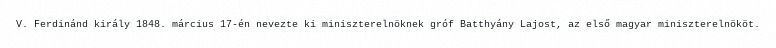
V. Ferdinánd király 1848. március 17-én nevezte ki miniszterelnöknek gróf Batthyány Lajost, az első magyar miniszterelnököt.